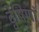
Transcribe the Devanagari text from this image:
द्वेषिणां